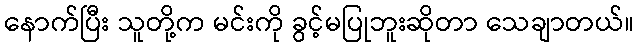
နောက်ပြီး သူတို့က မင်းကို ခွင့်မပြုဘူးဆိုတာ သေချာတယ်။